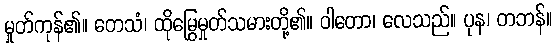
မှုတ်ကုန်၏။ တေသံ၊ ထိုမြွေမှုတ်သမားတို့၏။ ဝါတော၊ လေသည်။ ပုန၊ တဘန်။